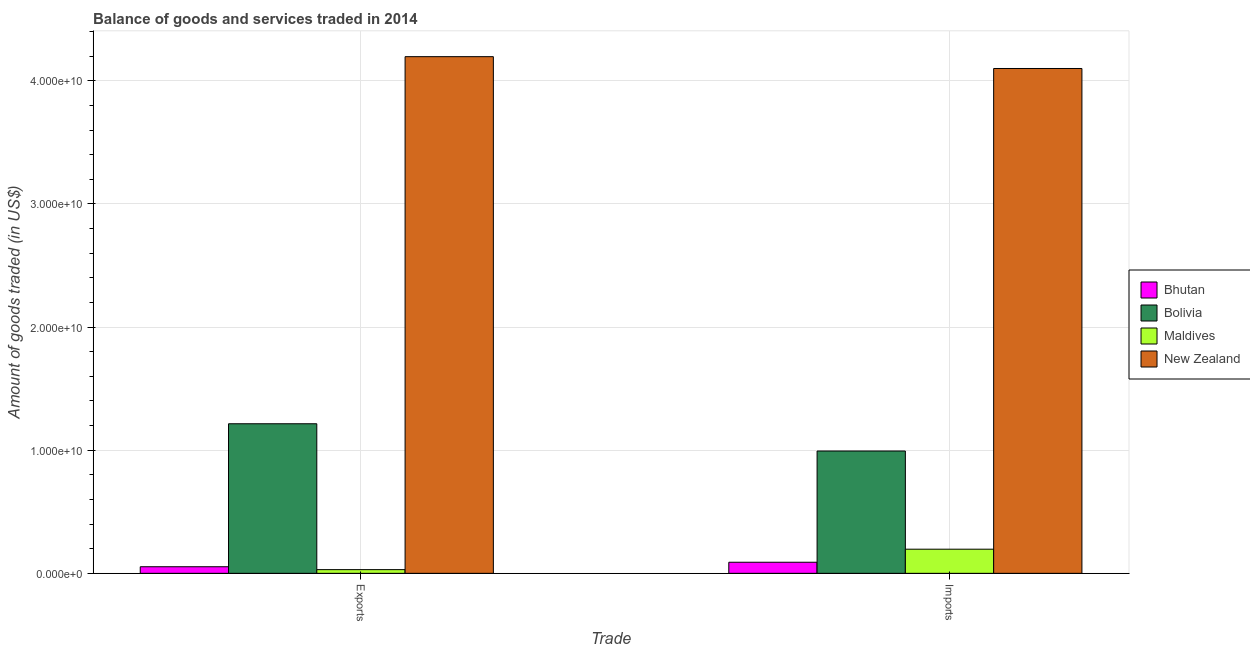
| Trade | Bhutan | Bolivia | Maldives | New Zealand |
 | --- | --- | --- | --- | --- |
 | Exports | 5.35e+08 | 1.21e+10 | 3.01e+08 | 4.2e+10 |
 | Imports | 9.01e+08 | 9.93e+09 | 1.96e+09 | 4.1e+10 |